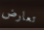
تعارض